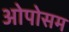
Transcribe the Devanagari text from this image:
ओपोसम